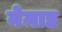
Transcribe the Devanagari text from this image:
नेमाड